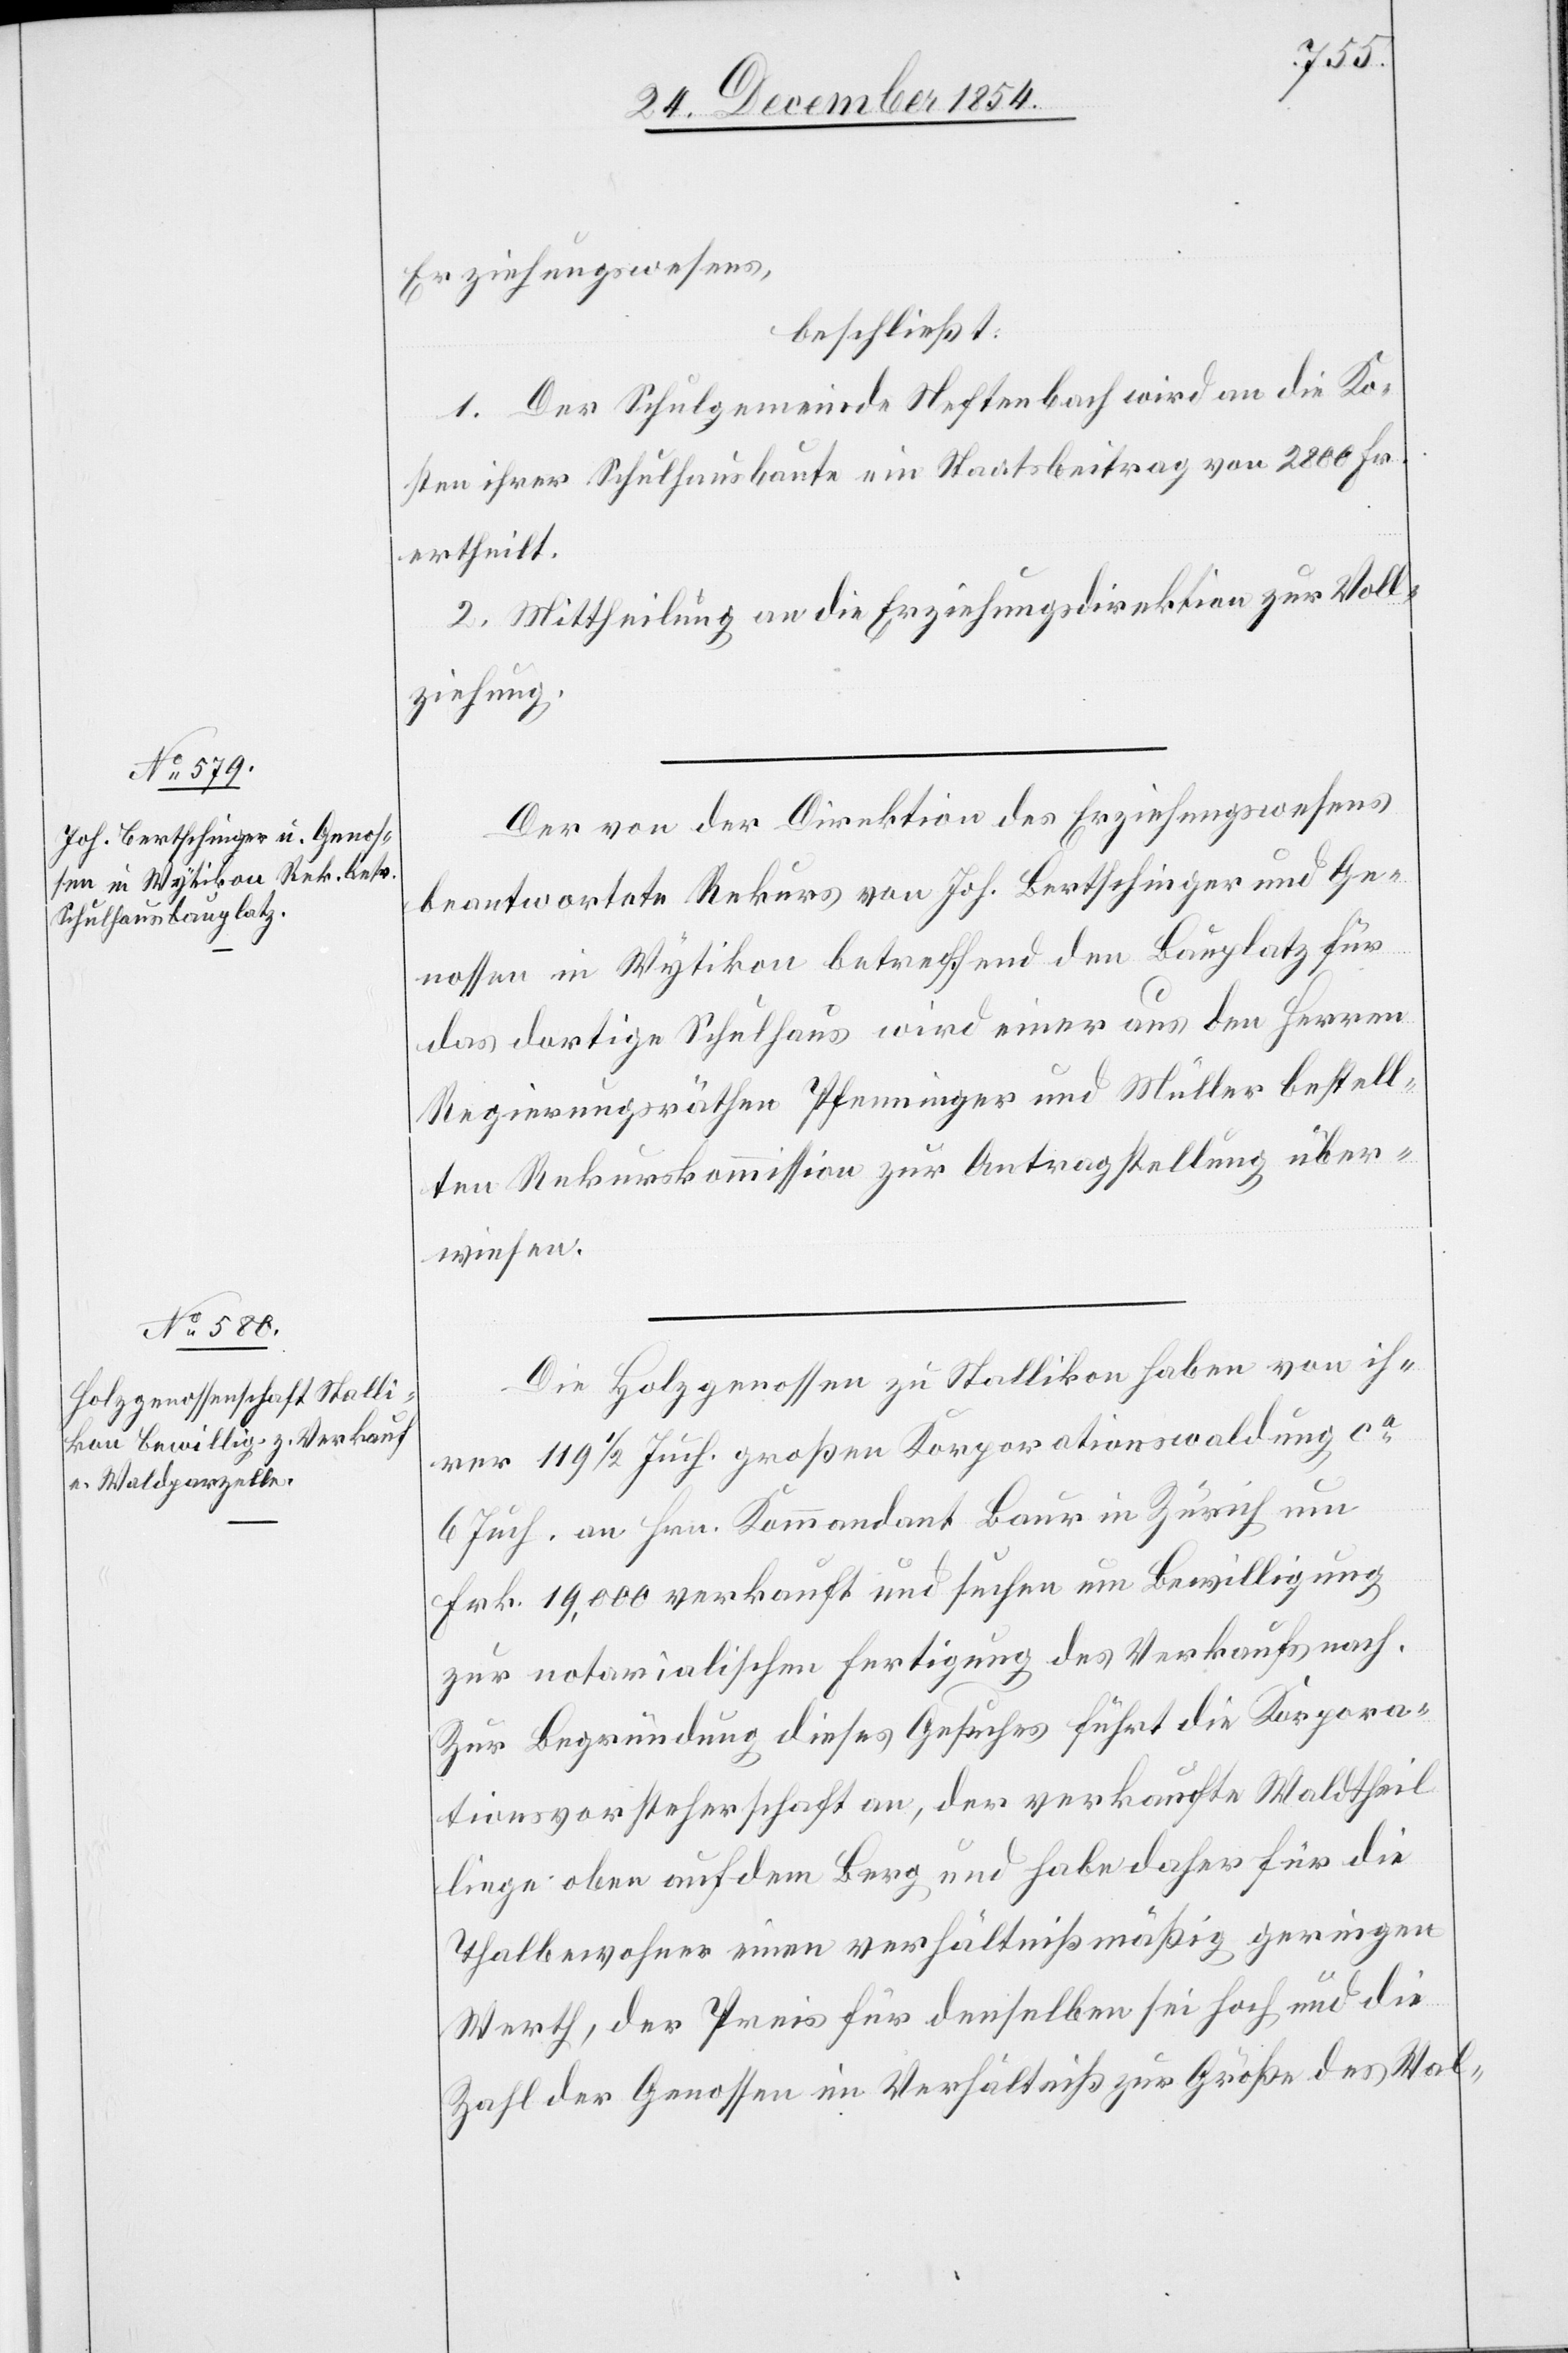
Erziehungswesens,
beschließt:
1. Der Schulgemeinde Neftenbach wird an die Ko¬
sten ihrer Schulhausbaute ein Staatsbeitrag von 2800 Fr.
ertheilt.
2. Mittheilung an die Erziehungsdirektion zur Voll¬
ziehung.
Der von der Direktion des Erziehungswesens
beantwortete Rekurs von Joh. Bertschinger und Ge¬
nossen in Wytikon betreffend den Bauplatz für
das dortige Schulhaus wird einer aus den Herren
Regierungsräthen Pfenninger und Müller bestell¬
ten Rekurskommission zur Antragstellung über¬
wiesen.
Die Holzgenossen zu Stallikon haben von ih¬
rer 119 1/2 Juch. großen Korporationswaldung ca
6 Juch. an Hrn. Kommandant Baur in Zürich um
Frk. 19,000 verkauft und suchen um Bewilligung
zur notarialischen Fertigung des Verkaufs nach.
Zur Begründung dieses Gesuches führt die Korpora¬
tionsvorsteherschaft an, der verkaufte Waldtheil
liege oben auf dem Berg und habe daher für die
Thalbewohner einen verhältnißmäßig geringen
Werth, der Preis für denselben sei hoch und die
Zahl der Genossen im Verhältniß zur Größe des Wal-